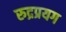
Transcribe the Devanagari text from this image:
रुद्रप्रयग